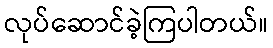
လုပ်ဆောင်ခဲ့ကြပါတယ်။